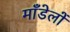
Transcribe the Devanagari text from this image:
माँडेलों